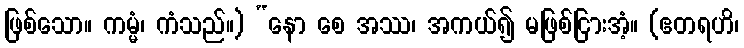
ဖြစ်သော။ ကမ္မံ၊ ကံသည်။) “နော စေ အဿ၊ အကယ်၍ မဖြစ်ငြားအံ့။ (ဧတရဟိ၊